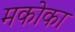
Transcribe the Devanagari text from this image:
मकोका